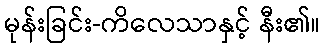
မုန်းခြင်း-ကိလေသာနှင့် နီး၏။